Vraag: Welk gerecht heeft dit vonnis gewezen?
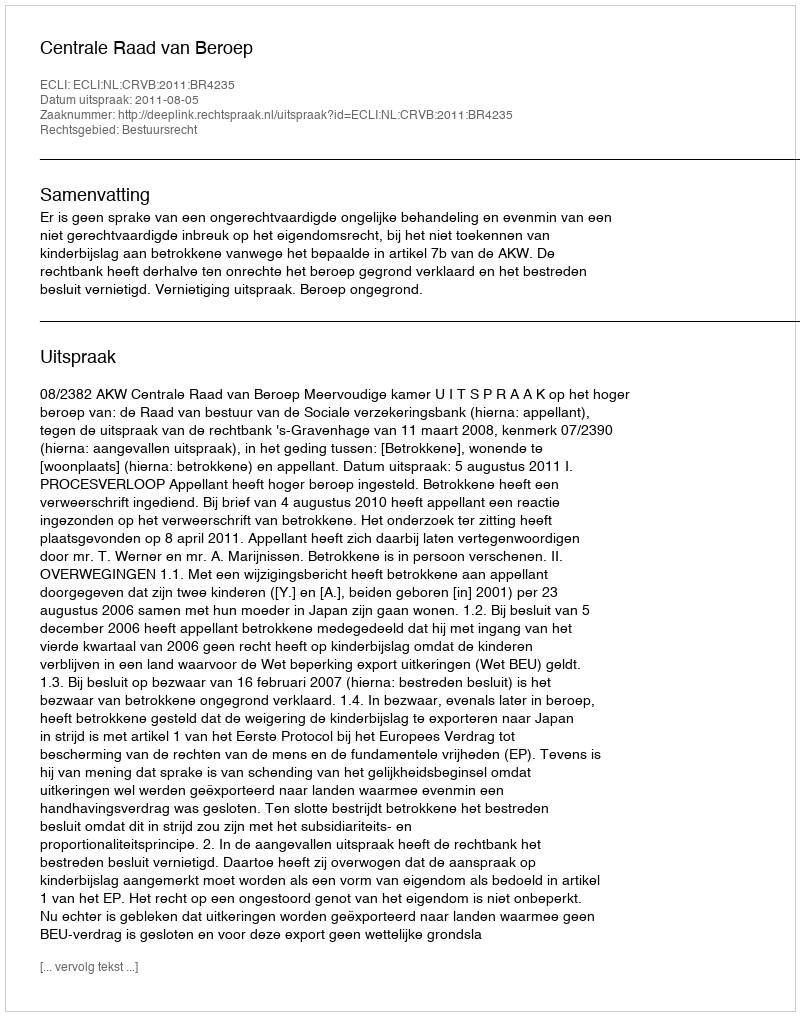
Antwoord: Centrale Raad van Beroep